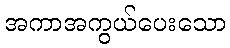
အကာအကွယ်ပေးသော